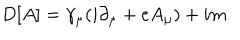
D [ A ] = \gamma _ { \mu } ( i \partial _ { \mu } + e A _ { \mu } ) + i m .